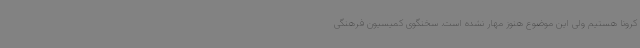
کرونا هستیم ولی این موضوع هنوز مهار نشده است. سخنگوی کمیسیون فرهنگی